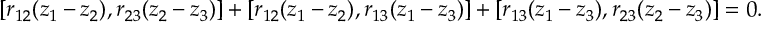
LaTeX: [ r _ { 1 2 } ( z _ { 1 } - z _ { 2 } ) , r _ { 2 3 } ( z _ { 2 } - z _ { 3 } ) ] + [ r _ { 1 2 } ( z _ { 1 } - z _ { 2 } ) , r _ { 1 3 } ( z _ { 1 } - z _ { 3 } ) ] + [ r _ { 1 3 } ( z _ { 1 } - z _ { 3 } ) , r _ { 2 3 } ( z _ { 2 } - z _ { 3 } ) ] = 0 .